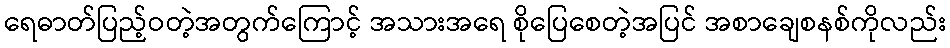
ရေဓာတ်ပြည့်ဝတဲ့အတွက်ကြောင့် အသားအရေ စိုပြေစေတဲ့အပြင် အစာချေစနစ်ကိုလည်း